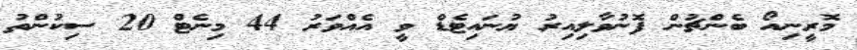
މޮރީނިއޯ ބެންޗުން ފޮނުވާލިއިރު ޔުނައިޓެޑް ވީ އެއްވަރު 44 މިނެޓް 20 ސިކުންތު